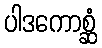
ပါဒကောစ္ဆံ